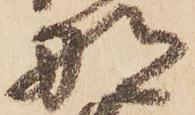
那